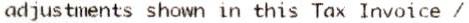
ADJUSTMENTS SHOWN IN THIS TAX INVOICE /